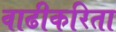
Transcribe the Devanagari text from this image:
वाढीकरिता